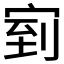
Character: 𭓴